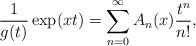
LaTeX: \begin{align*}\frac{1}{g(t)}\exp(xt)=\sum_{n=0}^{\infty}A_{n}(x)\frac{t^{n}}{n!},\end{align*}